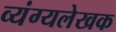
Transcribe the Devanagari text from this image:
व्यंग्यलेखक